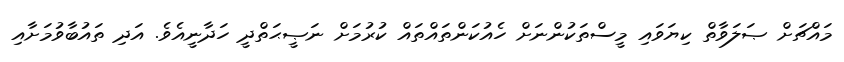
މައްޗަށް ޞަލަވާތް ކިޔަވައި މީސްތަކުންނަށް ހެއުކަންތައްތައް ކުރުމަށް ނަޞީޙަތްދީ ހަދާނީއެވެ. އަދި ތައުބާވުމަށާއި